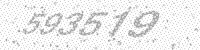
Solution: 593519